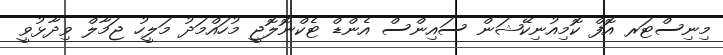
މިނިސްޓަރ އޮފް ކޮމިއުނިކޭޝަން ސައިންސް އެންޑް ޓެކްނޮލޮޖީ މުހައްމަދު މަލީހު ޖަމާލް ވިދާޅުވީ